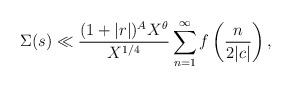
LaTeX: \begin{align*}\Sigma(s)\ll\frac{(1+|r|)^AX^{\theta}}{X^{1/4}}\sum_{n=1}^{\infty}f\left(\frac{n}{2|c|}\right),\end{align*}